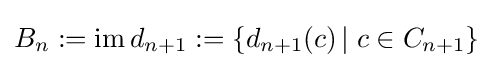
B_{n}:=\mathrm {im} \,d_{n+1}:=\{d_{n+1}(c)\,|\;c\in C_{n+1}\}